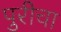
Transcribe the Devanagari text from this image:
पुरीचा